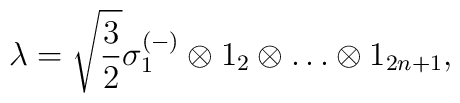
\lambda = \sqrt{\frac{3}{2}} \sigma_1^{(-)} \otimes 1_2 \otimes\ldots\otimes 1_{2n+1} ,